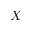
X